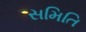
સમિતિ